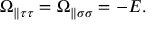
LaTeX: \Omega _ { \parallel \tau \tau } = \Omega _ { \parallel \sigma \sigma } = - E .